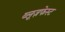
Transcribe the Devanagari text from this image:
ब्लूज़फेस्ट